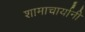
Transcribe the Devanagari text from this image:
शामाचार्यानी